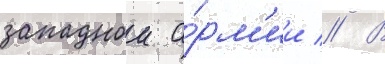
западнои а́рм'ии // В